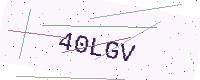
Text: 40LGV